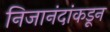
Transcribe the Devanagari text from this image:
निजानंदांकडून